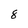
Character: 8